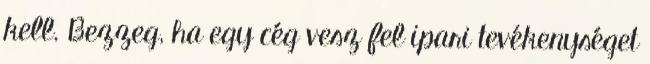
kell. Bezzeg, ha egy cég vesz fel ipari tevékenységet